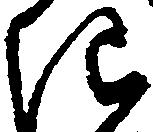
き